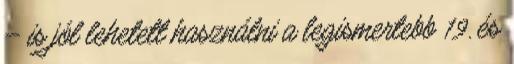
– is jól lehetett használni a legismertebb 19. és